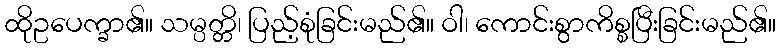
ထိုဥပေက္ခာ၏။ သမ္ပတ္တိ၊ ပြည့်စုံခြင်းမည်၏။ ဝါ၊ ကောင်းစွာကိစ္စပြီးခြင်းမည်၏။